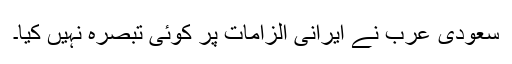
سعودی عرب نے ایرانی الزامات پر کوئی تبصرہ نہیں کیا۔